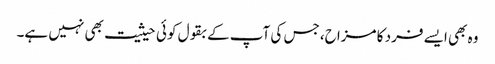
وہ بھی ایسے فرد کا مزاح، جس کی آپ کے بقول کوئی حیثیت بھی نہیں ہے۔